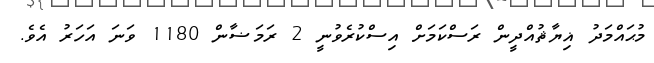
މުޙައްމަދު ޣިޔާޘުއްދީން ރަސްކަމަށް އިސްކުރެވުނީ 2 ރަމަޟާން 1180 ވަނަ އަހަރު އެވެ.